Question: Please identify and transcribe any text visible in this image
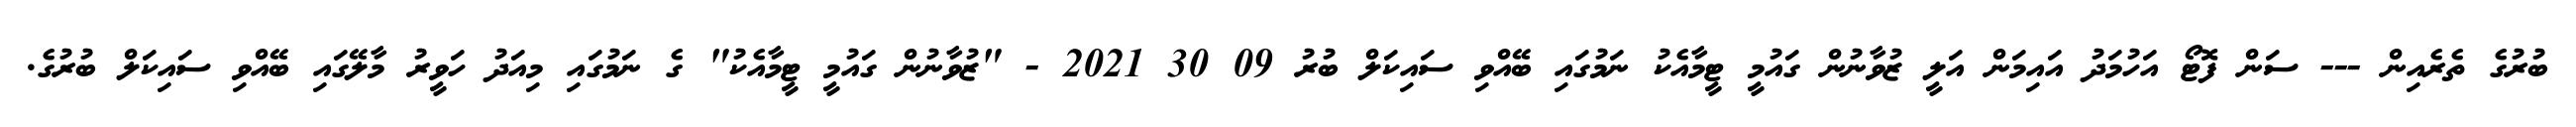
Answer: ބުރުގެ ތެރެއިން --- ސަން ފޮޓޯ އަހުމަދު އައިމަން އަލީ ޒުވާނުން ގައުމީ ޓީމާއެކު ނަމުގައި ބޭއްވި ސައިކަލް ބުރު 09 30 2021 - "ޒުވާނުން ގައުމީ ޓީމާއެކު" ގެ ނަމުގައި މިއަދު ހަވީރު މާލޭގައި ބޭއްވި ސައިކަލް ބުރުގެ.